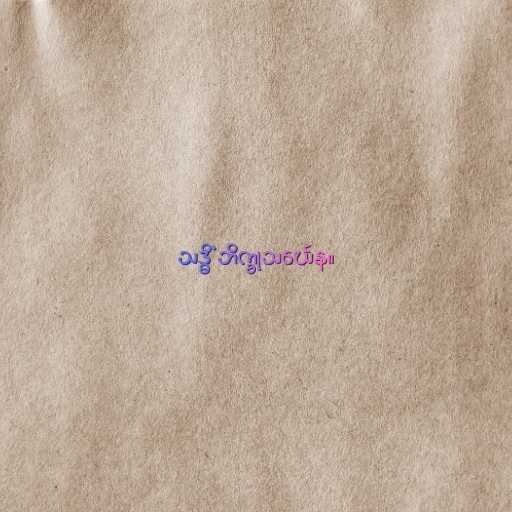
သဒ္ဓိံ ဘိက္ခုသင်္ဃေန။